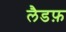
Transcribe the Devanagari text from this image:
लैडफ़